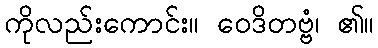
ကိုလည်းကောင်း။ ဝေဒိတဗ္ဗံ၊ ၏။